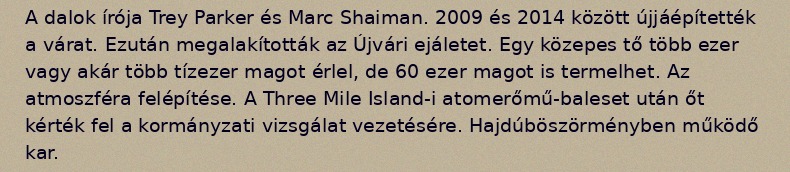
A dalok írója Trey Parker és Marc Shaiman. 2009 és 2014 között újjáépítették a várat. Ezután megalakították az Újvári ejáletet. Egy közepes tő több ezer vagy akár több tízezer magot érlel, de 60 ezer magot is termelhet. Az atmoszféra felépítése. A Three Mile Island-i atomerőmű-baleset után őt kérték fel a kormányzati vizsgálat vezetésére. Hajdúböszörményben működő kar.